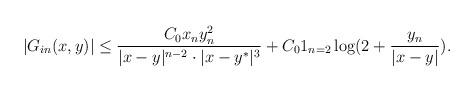
LaTeX: \begin{align*}|G_{in}(x,y)|\le \frac {C_0 x_n y_n^2}{|x-y|^{n-2}\cdot|x-y^*|^{3}} + C_0 1_{n=2} \log(2+\frac {y_n}{|x-y|}).\end{align*}